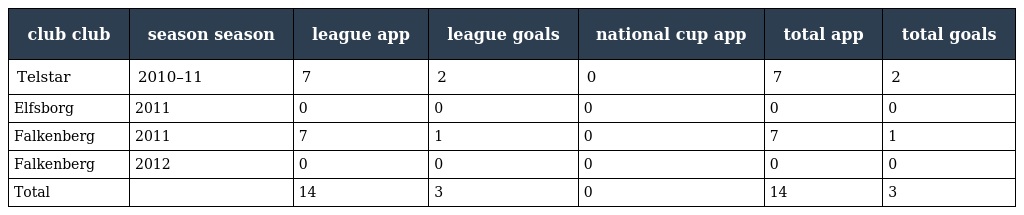
| club club | season season | league app | league goals | national cup app | total app | total goals |
 | --- | --- | --- | --- | --- | --- | --- |
 | Telstar | 2010–11 | 7 | 2 | 0 | 7 | 2 |
 | Elfsborg | 2011 | 0 | 0 | 0 | 0 | 0 |
 | Falkenberg | 2011 | 7 | 1 | 0 | 7 | 1 |
 | Falkenberg | 2012 | 0 | 0 | 0 | 0 | 0 |
 | Total |  | 14 | 3 | 0 | 14 | 3 |